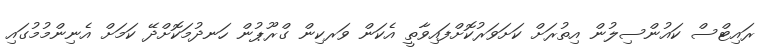
ރައިޓްސް ކައުންސިލުން އިތުރަށް ކަށަވަރުކޮށްފައިވާތީ އެކަން ވަރކިން ގްރޫޕުން ހަނދުމަކޮށްދޭ ކަމަށް އެނިންމުމުގައި